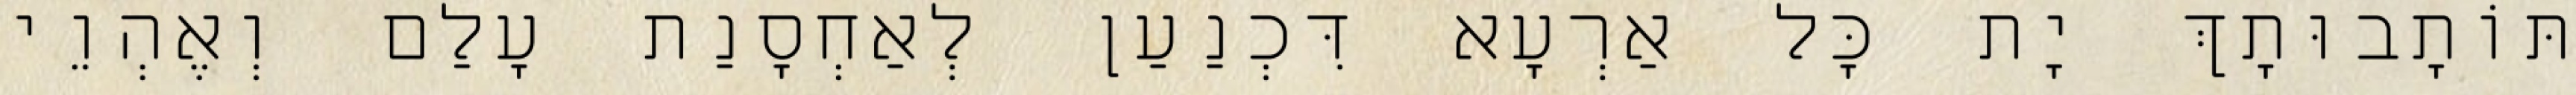
תּוֹתָבוּתָךְ יָת כָּל אַרְעָא דִּכְנַעַן לְאַחְסָנַת עָלַם וְאֶהְוֵי